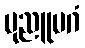
ပုညူပဂံ